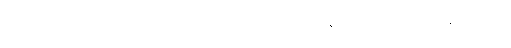
ဝါ၊ ခေါ်သကဲ့သို့ ဖြစ်တတ်၏။ ဣတိတသ္မာ၊ ကြောင့်။ ဇိဝှါ၊ မည်၏။ ဝါ၊ တနည်းကား။